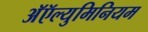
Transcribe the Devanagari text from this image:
अॅऍल्युमिनियम